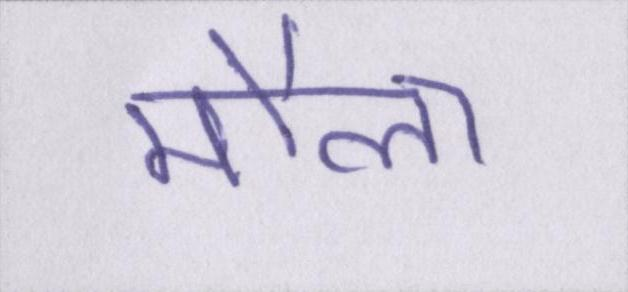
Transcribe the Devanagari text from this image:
मौला